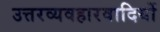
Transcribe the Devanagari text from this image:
उत्तरव्यवहारवादियों